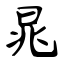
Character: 晁